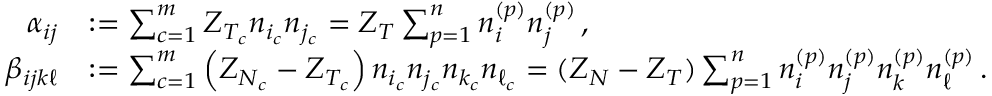
\begin{array} { r l } { \alpha _ { i j } } & { : = \sum _ { c = 1 } ^ { m } Z _ { T _ { c } } n _ { i _ { c } } n _ { j _ { c } } = Z _ { T } \sum _ { p = 1 } ^ { n } n _ { i } ^ { ( p ) } n _ { j } ^ { ( p ) } \, , } \\ { \beta _ { i j k \ell } } & { : = \sum _ { c = 1 } ^ { m } \left( Z _ { N _ { c } } - Z _ { T _ { c } } \right) n _ { i _ { c } } n _ { j _ { c } } n _ { k _ { c } } n _ { \ell _ { c } } = ( Z _ { N } - Z _ { T } ) \sum _ { p = 1 } ^ { n } n _ { i } ^ { ( p ) } n _ { j } ^ { ( p ) } n _ { k } ^ { ( p ) } n _ { \ell } ^ { ( p ) } \, . } \end{array}